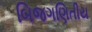
બિજગણિતીય